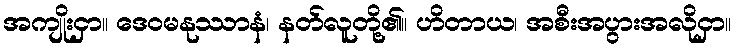
အကျိုးငှာ။ ဒေဝမနုဿာနံ၊ နတ်လူတို့၏။ ဟိတာယ၊ အစီးအပွားအလိုငှာ။